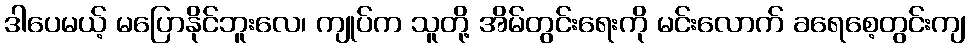
ဒါပေမယ့် မပြောနိုင်ဘူးလေ၊ ကျုပ်က သူတို့ အိမ်တွင်းရေးကို မင်းလောက် ခရေစေ့တွင်းကျ